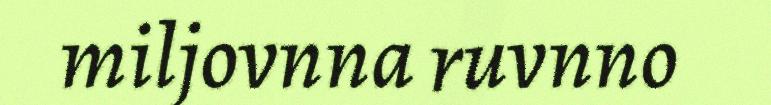
miljovnna ruvnno